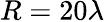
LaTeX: R=20\lambda